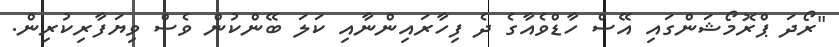
"ރޯދަ ޕްރޮމޯޝަންގައި އޭސް ހާޑްވެއާގެ ދެ ފިހާރައިންނާއި ކަލަ ބޭންކުން ވެސް ވިޔަފާރިކުރިން.